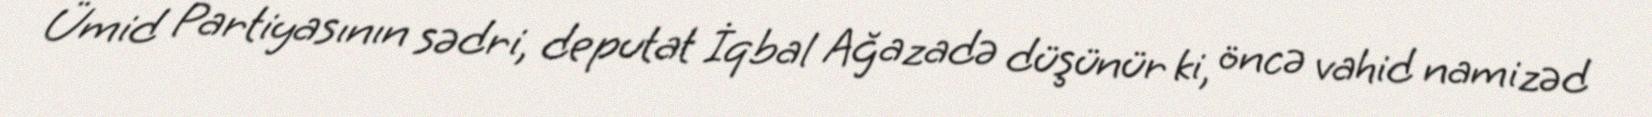
Ümid Partiyasının sədri, deputat İqbal Ağazadə düşünür ki, öncə vahid namizəd